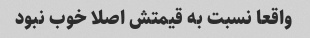
واقعا نسبت به قیمتش اصلا خوب نبود